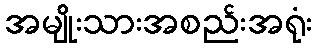
အမျိုးသားအစည်းအရုံး